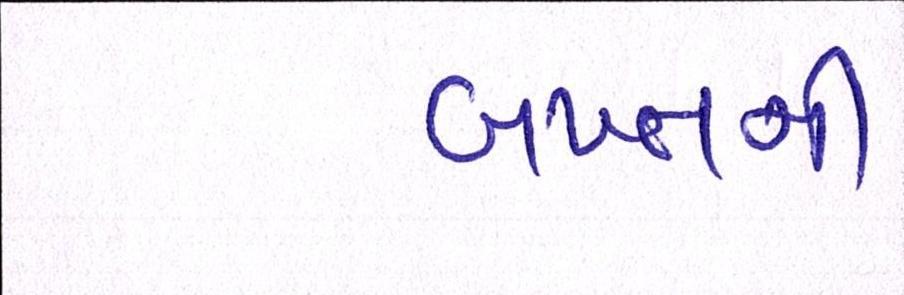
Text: બખ્તની